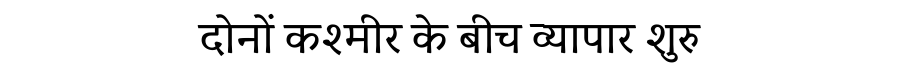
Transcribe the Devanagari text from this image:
दोनों कश्मीर के बीच व्यापार शुरु